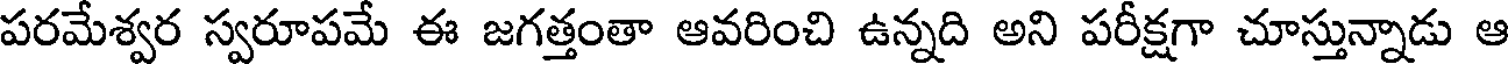
పరమేశ్వర స్వరూపమే ఈ జగత్తంతా ఆవరించి ఉన్నది అని పరీక్షగా చూస్తున్నాడు ఆ